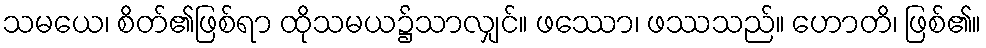
သမယေ၊ စိတ်၏ဖြစ်ရာ ထိုသမယ၌သာလျှင်။ ဖဿော၊ ဖဿသည်။ ဟောတိ၊ ဖြစ်၏။